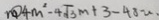
m o 4 m ^ { 2 } - 4 \sqrt { 3 } m + 3 - 4 8 - v